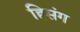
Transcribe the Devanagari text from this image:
ह्सिंग